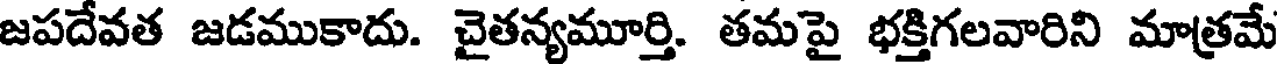
జపదేవత జడముకాదు. చైతన్యమూర్తి. తమపై భక్తిగలవారిని మాత్రమే